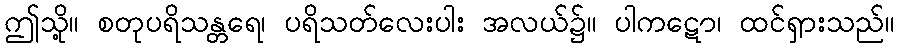
ဤသို့။ စတုပရိသန္တရေ၊ ပရိသတ်လေးပါး အလယ်၌။ ပါကဋော၊ ထင်ရှားသည်။